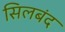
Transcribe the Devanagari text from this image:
सिलबंद